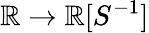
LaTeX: \mathbb{R}\to\mathbb{R}[S^{-1}]